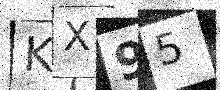
Text: KX95